Civil Veterinary Department. Madras. Admin. report 1910-25 - 1910-1925
Year: 1910
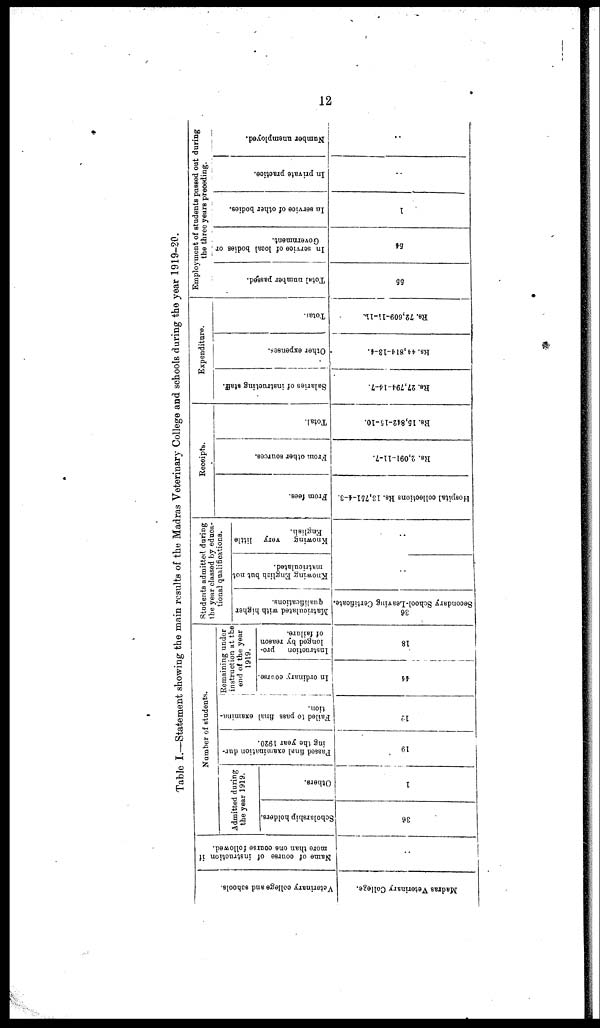
12
Table I.—Statement showing the main results of the Madras Veterinary College and schools during the year 1919-20.
Veterinary college and schools.
Madras Veterinary College.
Name of course of instruction if
more than one course followed.
..
Number of students.
Admitted during
the year 1919.
Scholarship holders.
36
Others.
1
Passed final examination dur-
ing the year 1920.
19
Failed to pass final examina-
tion .
12
Remaining under
instruction at the
end of the year
1919.
In ordinary course.
44
Instruction
pro-
longed by reason
of failure.
18
Students admitted during
the year classed by educa-
tional qualifications.
Matriculated with higher
qualifications.
36
Secondary School-Leaving Certificate.
Knowing English but not
matriculated.
..
Knowing
very little
English.
..
Receipts.
Fr om fees.
Hospital collections Rs. 13,751-4-3.
Fr om ot he r s our c e s
Rs. 2,091-11-7.
Tot al .
Rs. 15,842-15-10.
Expenditure.
Salaries of instructing staff.
Re. 27,794-14-7.
Other expenses.
Rs. 44,814-13-4.
Total.
Rs. 72,609-11-11.
Employment of students passed out during
the three years preceding.
Total number passed.
55
In service of local
bodies or
Government.
54
In
service of other bodies.
1
In private practice.
..
Number unemployed.
..